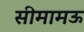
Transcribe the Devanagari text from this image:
सीमामऊ